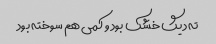
ته دیگ خشک بود و کمی هم سوخته بود